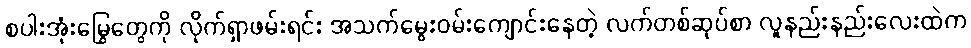
စပါးအုံးမြွေတွေကို လိုက်ရှာဖမ်းရင်း အသက်မွေးဝမ်းကျောင်းနေတဲ့ လက်တစ်ဆုပ်စာ လူနည်းနည်းလေးထဲက